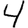
Digit: 4